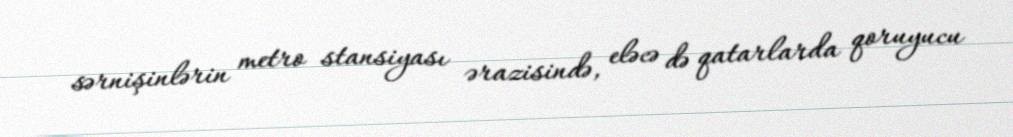
sərnişinlərin metro stansiyası ərazisində, eləcə də qatarlarda qoruyucu